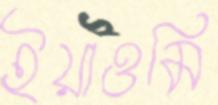
ইয়াওমি